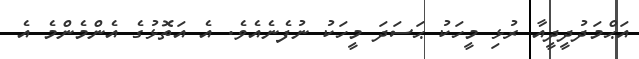
އަޙްމަދުދީދީއާ ރުޅި މީހަކު ޙަސަދަ މީހަކު ނުފެނެއެވެ. އެ އަތޮޅުގެ އެންމެންމެ އެ